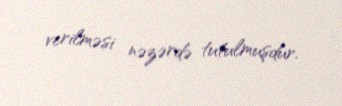
verilməsi nəzərdə tutulmuşdur.